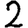
Digit: 2